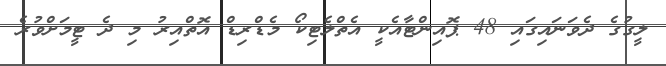
ލީގުގެ ދެވަނައިގައި 48 ޕޮއިންޓާއެކީ އެތްލެޓިކޯ މެޑްރިޑް އޮތްއިރު މި ދެ ޓީމަށްވުރެ